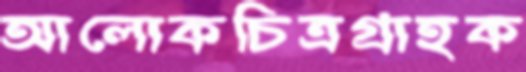
আলোকচিত্রগ্রাহক